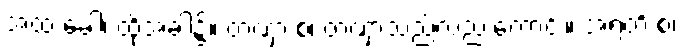
အထ ခေါ၊ ထိုအခါ၌။ တဏှာ စ၊ တဏှာသည်လည်းကောင်း။ အရတိ စ၊